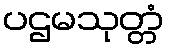
ပဌမသုတ္တံ